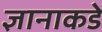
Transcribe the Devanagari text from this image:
ज्ञानाकडे